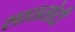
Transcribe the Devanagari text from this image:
साततोटी